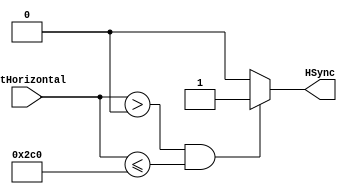
`timescale 1ns / 1ps

/*
	LOGBOOK:
	11-Ago-2016: Modificar el rango de datos, que ahora es de 1600
*/

module generadorHsync(cntHorizontal,HSync);
	// Entradas
	input [9:0] cntHorizontal;
	// Salidas
	output HSync;
	reg HSync;
	always @*
	begin
		// Para flanco positivo del HSync
		if(cntHorizontal > 0 && cntHorizontal <= 704) HSync = 1'b1;
		// Para flanco negativo del HSync
		else HSync = 1'b0;
	end
endmodule